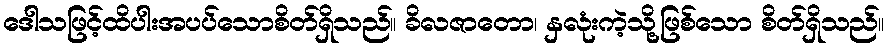
ဒေါသဖြင့်ထိပါးအပပ်သောစိတ်ရှိသည်။ ခိလဇာတော၊ နှလုံးကဲ့သို့ဖြစ်သော စိတ်ရှိသည်။